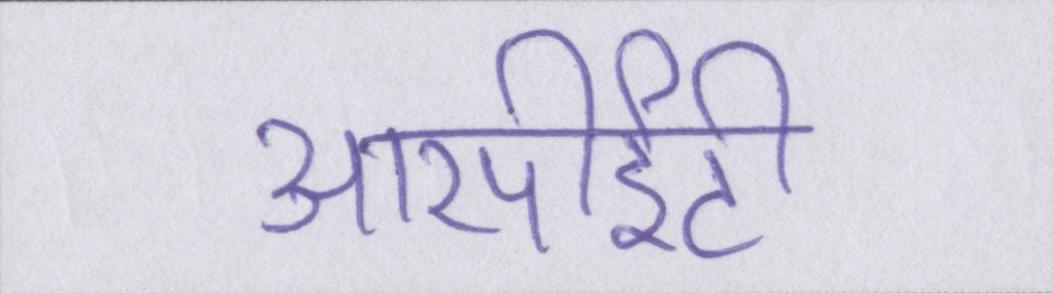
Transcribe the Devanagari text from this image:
आरपीईटी